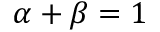
\alpha + \beta = 1